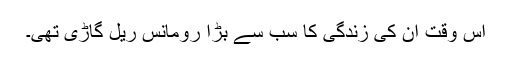
اس وقت ان کی زندگی کا سب سے بڑا رومانس ریل گاڑی تھی۔